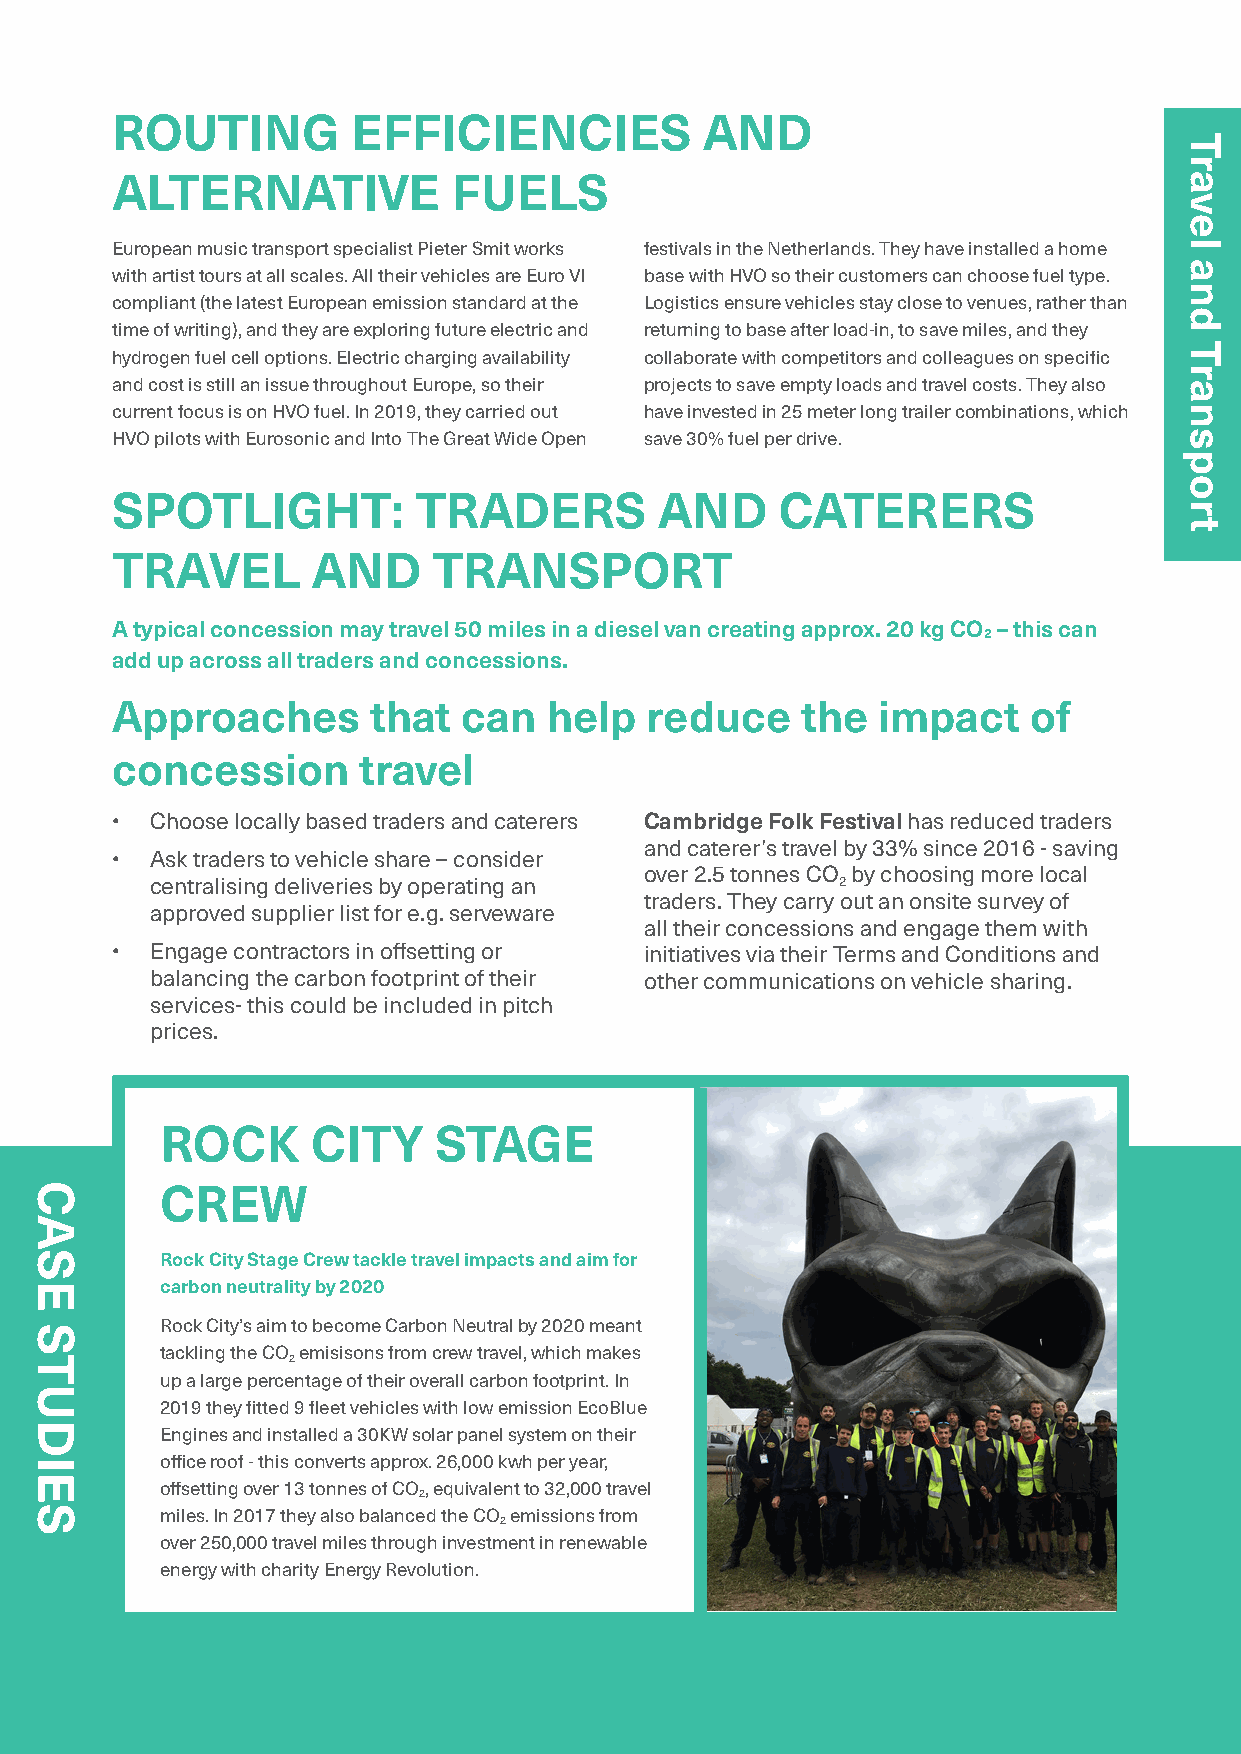
ROUTING         EFFICIENCIES            AND
 ALTERNATIVE            FUELS
 European music transport specialist Pieter Smit works festivals in the Netherlands. They have installed a home
 with artist tours at all scales. All their vehicles are Euro VI base with HVO so their customers can choose fuel type.
 compliant (the latest European emission standard at the Logistics ensure vehicles stay close to venues, rather than
 time of writing), and they are exploring future electric and returning to base after load-in, to save miles, and they
 hydrogen fuel cell options. Electric charging availability collaborate with competitors and colleagues on specific
 and cost is still an issue throughout Europe, so their projects to save empty loads and travel costs. They also
 current focus is on HVO fuel. In 2019, they carried out have invested in 25 meter long trailer combinations, which
 HVO pilots with Eurosonic and Into The Great Wide Open save 30% fuel per drive.
 SPOTLIGHT:          TRADERS          AND     CATERERS
 TRAVEL        AND     TRANSPORT
 A typical concession may travel 50 miles in a diesel van creating approx. 20 kg CO – this can
 2
 add up across all traders and concessions.
 Approaches        that  can  help   reduce    the  impact    of
 concession       travel
 •  Choose locally based traders and caterers Cambridge Folk Festival has reduced traders
 and caterer’s travel by 33% since 2016 - saving
 •  Ask traders to vehicle share – consider
 over 2.5 tonnes CO by choosing more local
 centralising deliveries by operating an      2
 traders. They carry out an onsite survey of
 approved supplier list for e.g. serveware
 all their concessions and engage them with
 •  Engage contractors in offsetting or initiatives via their Terms and Conditions and
 balancing the carbon footprint of their other communications on vehicle sharing.
 services- this could be included in pitch
 prices.
 ROCK      CITY    STAGE
 CREW
 Rock City Stage Crew tackle travel impacts and aim for
 carbon neutrality by 2020
 Rock City’s aim to become Carbon Neutral by 2020 meant
 tackling the CO emisisons from crew travel, which makes
 2
 up a large percentage of their overall carbon footprint. In
 2019 they fitted 9 fleet vehicles with low emission EcoBlue
 Engines and installed a 30KW solar panel system on their
 office roof - this converts approx. 26,000 kwh per year,
 offsetting over 13 tonnes of CO, equivalent to 32,000 travel
 2
 miles. In 2017 they also balanced the CO emissions from
 2
 over 250,000 travel miles through investment in renewable
 energy with charity Energy Revolution.
 96
 CASE
 STUDIES
 Travel
 and
 Transport